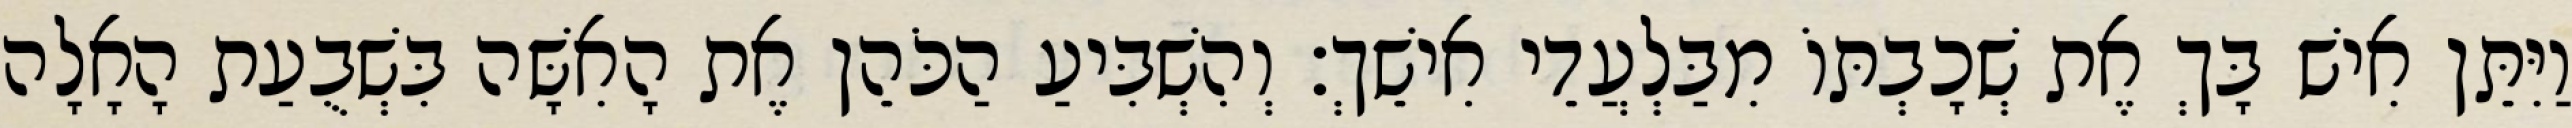
וַיִּתֵּן אִישׁ בָּךְ אֶת שְׁכָבְתּוֹ מִבַּלְעֲדֵי אִישֵׁךְ׃ וְהִשְׁבִּיעַ הַכֹּהֵן אֶת הָאִשָּׁה בִּשְׁבֻעַת הָאָלָה